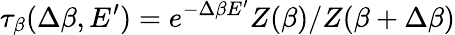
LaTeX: \tau_{\beta}(\Delta\beta,E^{\prime})=e^{-\Delta\beta E^{\prime}}Z(\beta)/Z(\beta+\Delta\beta)